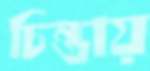
চিন্তায়